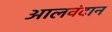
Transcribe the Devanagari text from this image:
आलवंदान